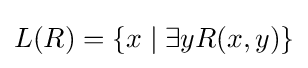
L(R)=\{x\mid \exists yR(x,y)\}